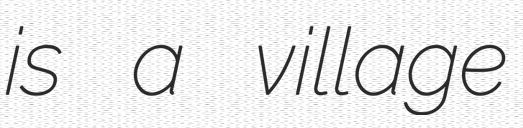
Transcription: is a village